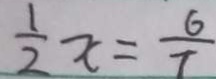
\frac { 1 } { 2 } x = \frac { 6 } { 7 }